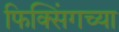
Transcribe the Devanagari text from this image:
फिक्सिंगच्या